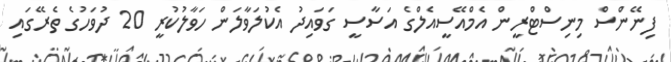
ފިނޭންސް މިނިސްޓްރީން އެމްއޭސީއެލްގެ އަސާސީ ގަވައިދު އެކުލަވާލަން ހަވާލުކުރީ 20 ދުވަހުގެ ތެރޭގައި